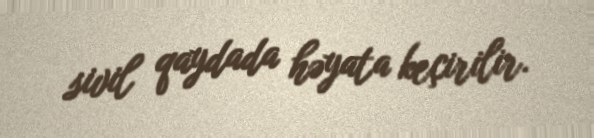
sivil qaydada həyata keçirilir.